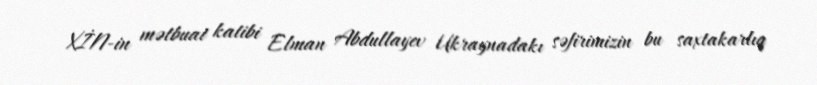
XİN-in mətbuat katibi Elman Abdullayev Ukraynadakı səfirimizin bu saxtakarlıq